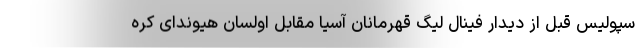
سپولیس قبل از دیدار فینال لیگ قهرمانان آسیا مقابل اولسان هیوندای کره